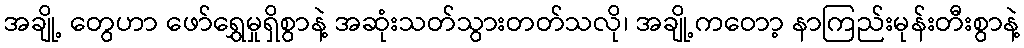
အချို့ တွေဟာ ဖော်ရွှေမှုရှိစွာနဲ့ အဆုံးသတ်သွားတတ်သလို၊ အချို့ကဝောာ့ နာကြည်းမုန်းတီးစွာနဲ့